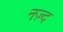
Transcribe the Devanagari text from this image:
नज़्द